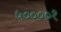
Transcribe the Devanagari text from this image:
५००००१